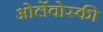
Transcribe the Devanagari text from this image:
ओर्लेवोस्की